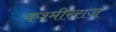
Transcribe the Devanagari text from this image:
कश्मीरराज